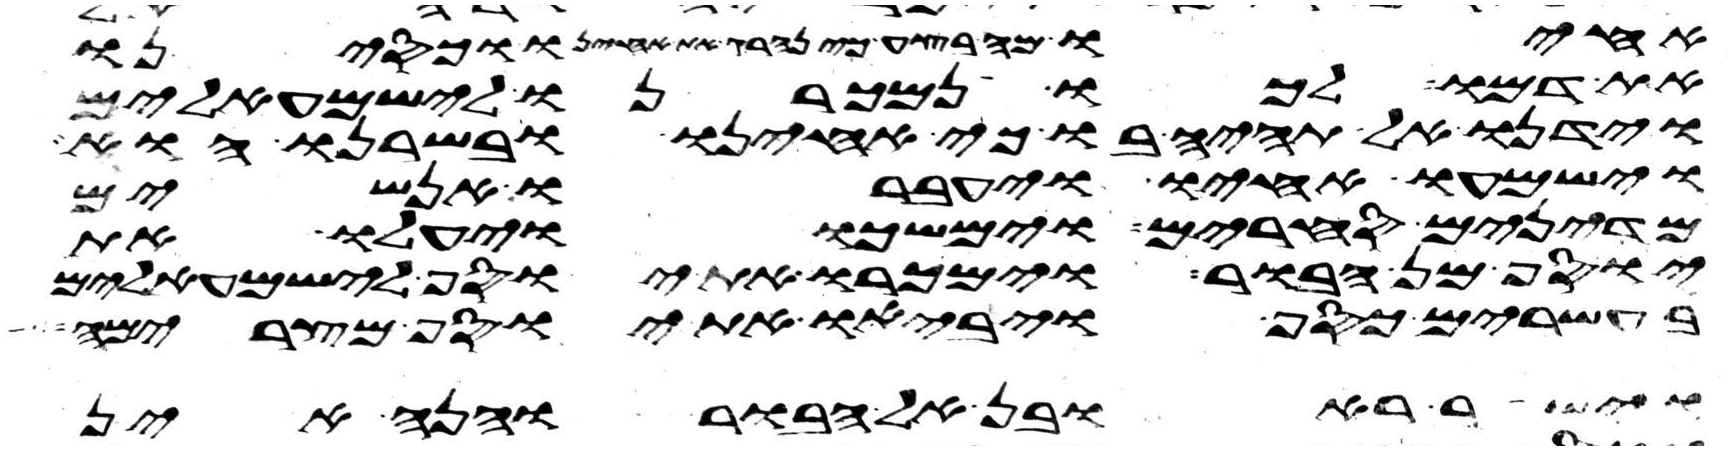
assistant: אחיו מה בצע כי נהרג את אחינו וכסינו
את דמו לכו נמכרנו לישמעאלים
וידנו אל תהיה בו כי אחינו ובשרנו הוא
וישמעו אחיו ויעברו אנשים
מדינים סחרים וימשכו ויעלו את
יוסף מן הבור וימכרו את יוסף לישמעאלים
בעשרים כסף ויביאו את יוסף מצרימה
וישב ראובן אל הבור והנה אין